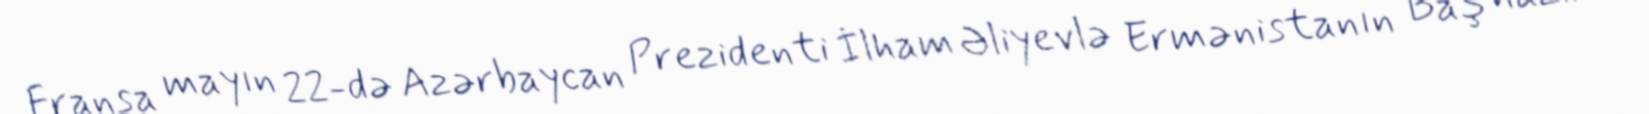
Fransa mayın 22-də Azərbaycan Prezidenti İlham Əliyevlə Ermənistanın Baş naziri